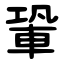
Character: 䡗